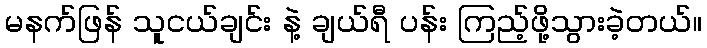
မနက်ဖြန် သူငယ်ချင်း နဲ့ ချယ်ရီ ပန်း ကြည့်ဖို့သွားခဲ့တယ်။